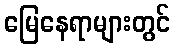
မြေနေရာများတွင်